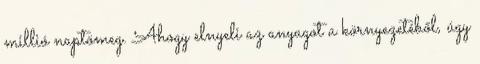
millió naptömeg. Ahogy elnyeli az anyagot a környezetéből, úgy